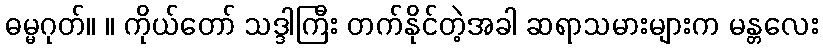
ဓမ္မဂုတ်။ ။ ကိုယ်တော် သဒ္ဒါကြီး တက်နိုင်တဲ့အခါ ဆရာသမားများက မန္တလေး